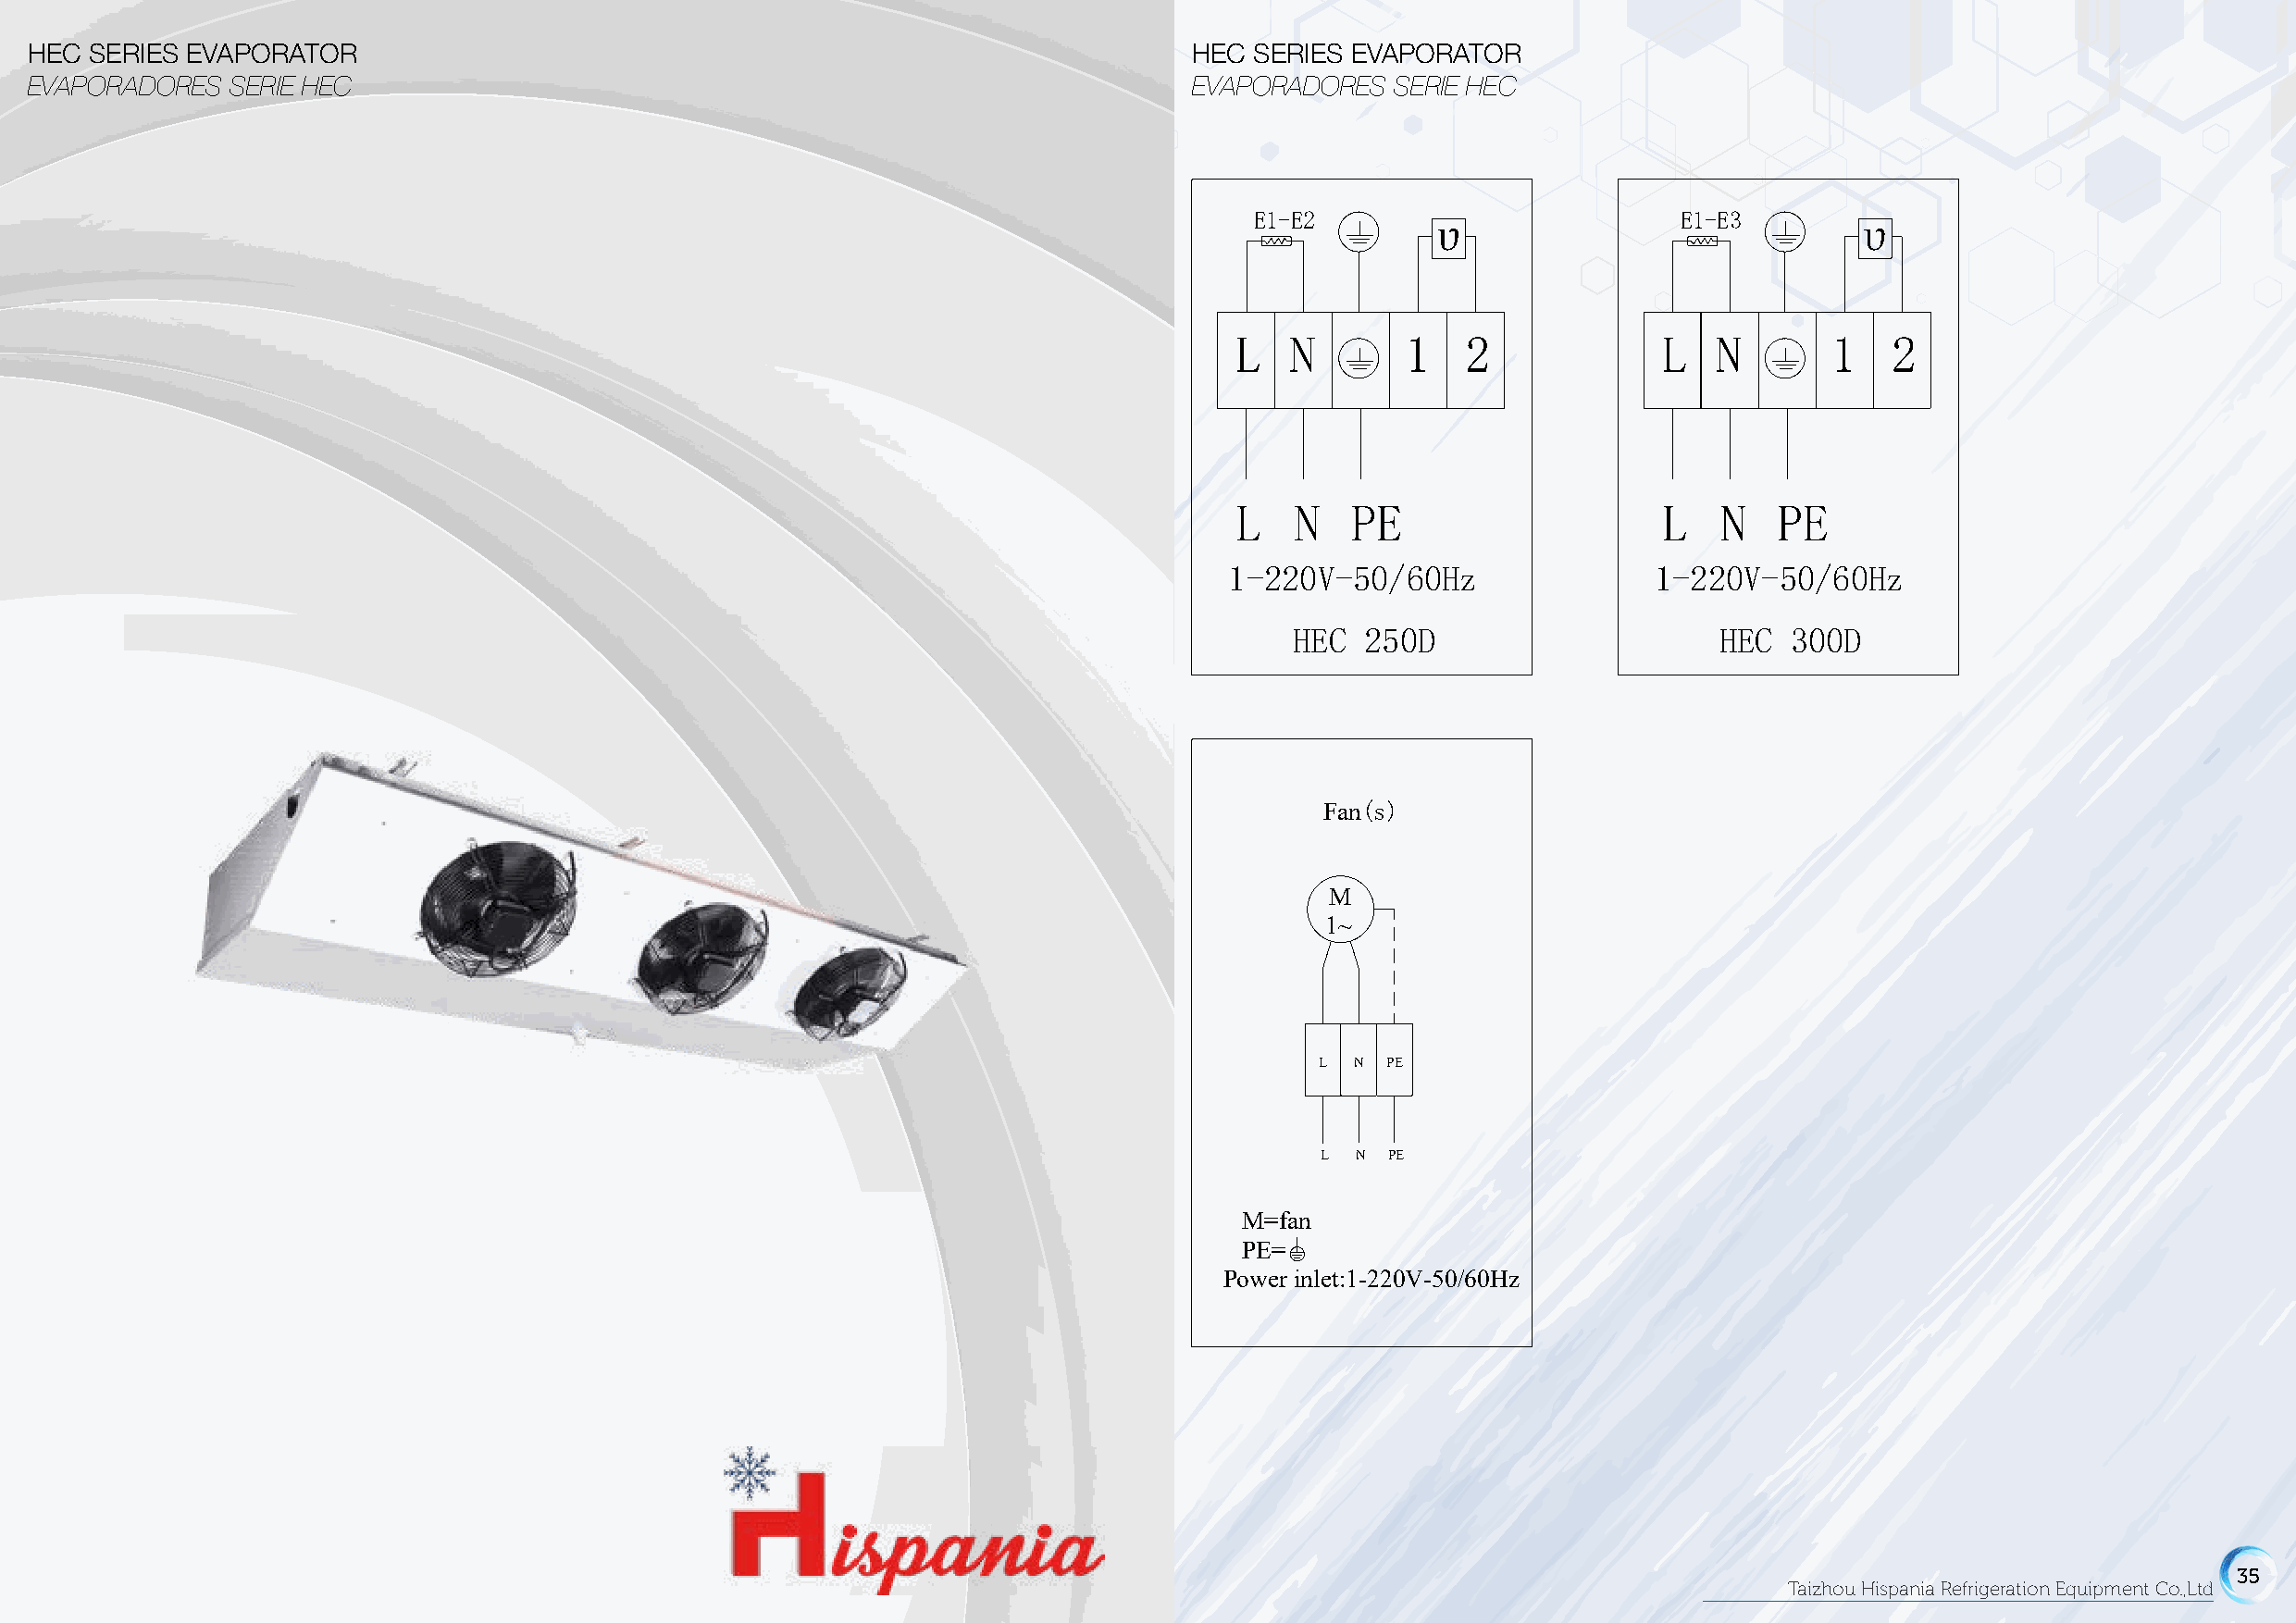
HEC SERIES EVAPORATOR                                                              HEC  SERIES EVAPORATOR
 EVAPORADORES  SERIE HEC                                                            EVAPORADORES   SERIE HEC
 E1-E2       υ                 E1-E3       υ
 L   N       1    2             L   N       1   2
 L    N   PE                    L   N   PE
 1-220V-50/60Hz                1-220V-50/60Hz
 HEC   250D                     HEC  300D
 Fan(s)
 M
 1~
 L  N PE
 L  N PE
 M=fan
 PE=
 Power inlet:1-220V-50/60Hz
 34                                                                                                                                                           35
 Taizhou Hispania Refrigeration Equipment Co.,Ltd                                                                          Taizhou Hispania Refrigeration Equipment Co.,Ltd